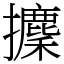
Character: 攈